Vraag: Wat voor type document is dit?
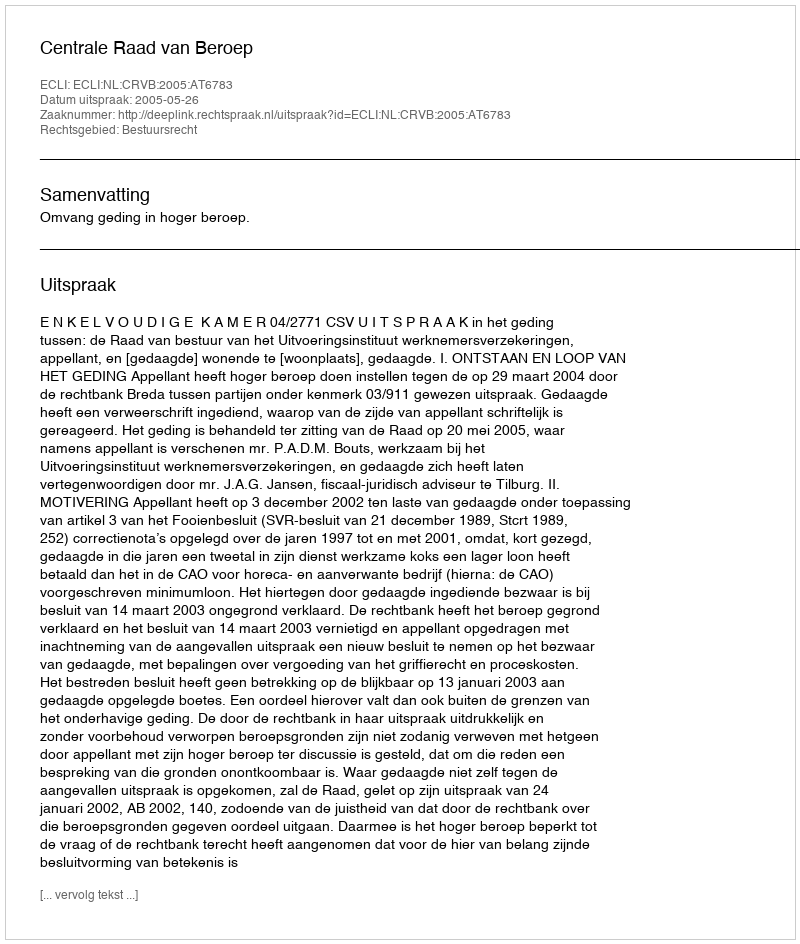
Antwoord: Uitspraak